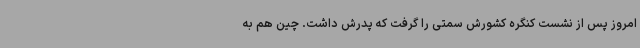
امروز پس از نشست کنگره کشورش سمتی را گرفت که پدرش داشت. چین هم به